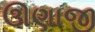
ઊણાજી